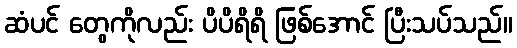
ဆံပင် တွေကိုလည်း ပိပိရိရိ ဖြစ်အောင် ပြီးသပ်သည်။